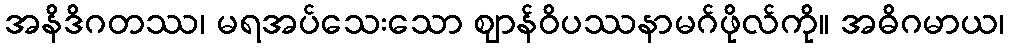
အနိဒိဂတဿ၊ မရအပ်သေးသော ဈာန်ဝိပဿနာမဂ်ဖိုလ်ကို။ အဓိဂမာယ၊